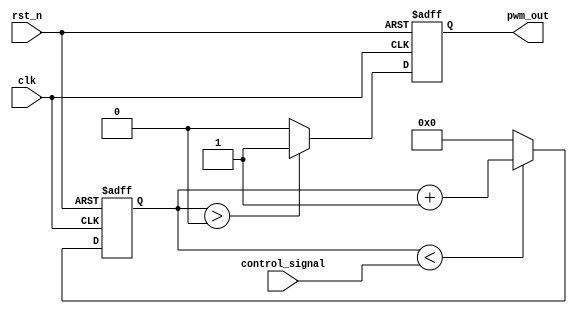
module PWM_timer(
    input wire clk,
    input wire rst_n,
    input wire [7:0] control_signal,
    output reg pwm_out
);

reg [7:0] pulse_width_counter;

always @(posedge clk or negedge rst_n) begin
    if (~rst_n) begin
        pulse_width_counter <= 8'h00;
    end else begin
        if (pulse_width_counter < control_signal) begin
            pulse_width_counter <= pulse_width_counter + 1;
        end else begin
            pulse_width_counter <= 8'h00;
        end
    end
end

always @(posedge clk or negedge rst_n) begin
    if (~rst_n) begin
        pwm_out <= 1'b0;
    end else begin
        if (pulse_width_counter > 0) begin
            pwm_out <= 1'b1;
        end else begin
            pwm_out <= 1'b0;
        end
    end
end

endmodule